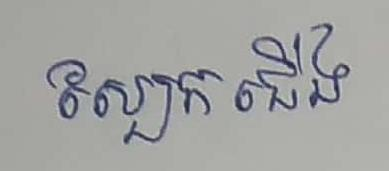
ស្បែកជើង